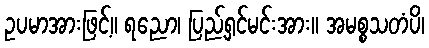
ဥပမာအားဖြင့်။ ရညော၊ ပြည့်ရှင်မင်းအား။ အမစ္စသတံပိ၊